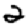
Digit: 2